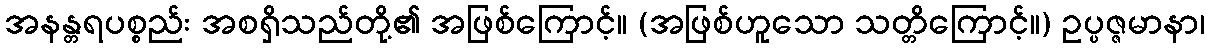
အနန္တရပစ္စည်း အစရှိသည်တို့၏ အဖြစ်ကြောင့်။ (အဖြစ်ဟူသော သတ္တိကြောင့်။) ဥပ္ပဇ္ဇမာနာ၊